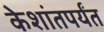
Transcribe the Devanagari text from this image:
केशांतपर्यंत